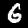
Digit: 6